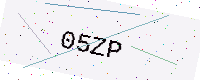
Text: 05ZP